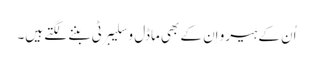
اُن کے ہیرو اِن کے بھی ماڈل و سلیبرٹی بننے لگتے ہیں۔